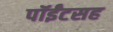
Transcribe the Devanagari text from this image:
पॉईंटसह